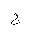
Letter: _gim